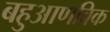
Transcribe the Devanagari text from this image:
बहुआणविक